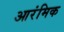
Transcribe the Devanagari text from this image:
आरंमिक